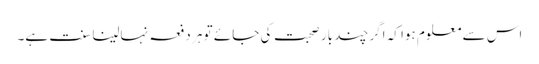
اس سے معلوم ہوا کہ اگر چند بار صحبت کی جائے تو ہر دفعہ نہالینا سنت ہے۔